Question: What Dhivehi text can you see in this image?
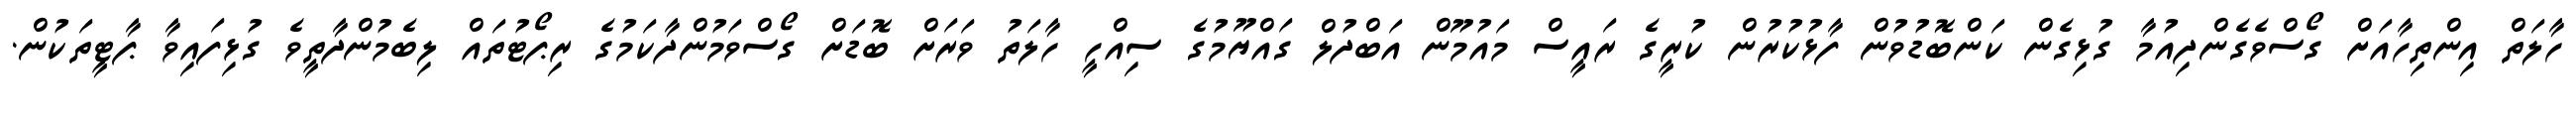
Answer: ހާލަތް އިންތިހާއަށް ގޯސްވެގެންދިއުމާ ގުޅިގެން ކަންބޮޑުވުން ފާޅުކުރުން ކުރީގެ ރައީސް މައުމޫން އަބްދުލް ގައްޔޫމުގެ ސިއްހީ ހާލަތު ވަރަށް ބޮޑަށް ގޯސްވަމުންދާކަމުގެ ރިޕޯޓުތައް ލިބެމުންދާތީވެ ގުޅިފައިވާ ޕާޓީތަކުން.